Insane asylums in Bengal annual reports 1876-1887 - 1876-1887
Year: 1876
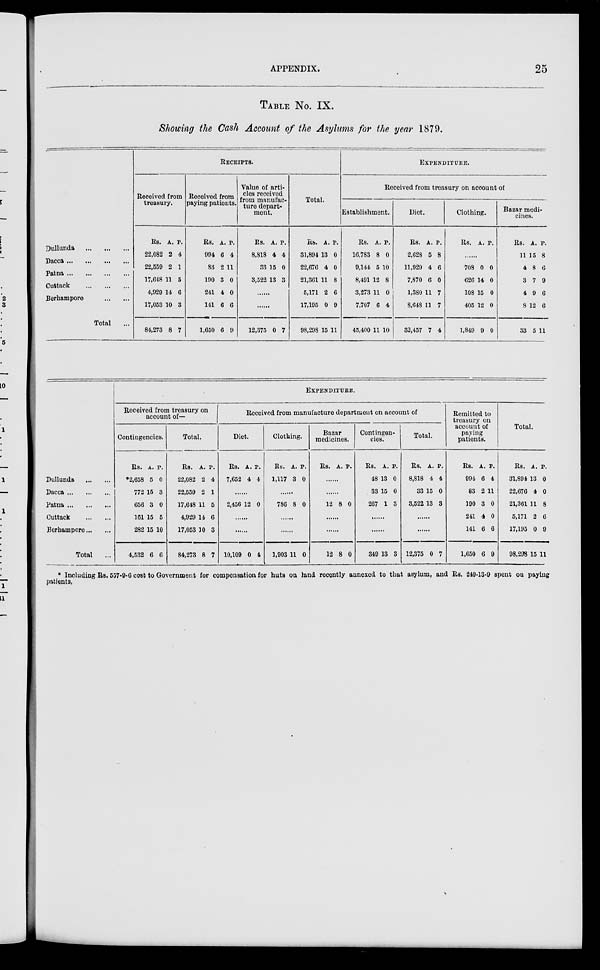
APPENDIX.
25
TABLE No. IX.
Showing the Cash Account of the Asylums for the year 1879.
Dullunda
...
...
...
Dacca
...
...
...
...
Patna
...
...
...
...
Cuttack
...
...
...
Berhampore
...
...
Total ...
RECEIPTS.
Received from
treasury.
Rs.
22,082
22,559
17,648
4,929
17,053
84,273
A.
2
2
11
14
10
8
P.
4
1
5
6
3
7
Received from
paying patients.
Rs.
994
83
190
241
141
1,650
A.
6
2
3
4
6
6
P.
4
11
0
0
6
9
Value of arti-
cles received
from manufac-
ture depart-
ment.
Rs.
8,818
33
3,522
A.
4
15
13
P.
4
0
3
......
......
12,375 0 7
Total.
Rs.
31,894
22,676
21,361
5,171
17,195
98,298
A.
13
4
11
2
0
15
P.
0
0
8
6
9
11
EXPENDITURE.
Received from treasury on account of
Establishment.
Rs.
16,783
9,144
8,491
3,273
7,707
45,400
A.
8
5
12
11
6
11
P.
0
10
8
0
4
10
Diet.
Rs.
2,628
11,929
7,870
1,380
8,648
32,457
A.
5
4
6
11
11
7
P.
8
6
0
7
7
4
Clothing.
Rs. A. P.
......
708
626
108
405
1,849
0
14
15
12
9
0
0
0
0
0
Bazar medi-
cines.
Rs.
11
4
3
4
8
33
A.
15
8
7
9
12
5
P.
8
6
9
6
6
11
Dullunda
...
...
Dacca
...
...
...
Patna
...
...
...
Cuttack
...
...
Berhampore ... ...
Total ...
EXPENDITURE.
Received from treasury on
account of—
Contingencies.
Rs.
*2,658
772
656
161
282
4,532
A.
5
15
3
15
15
6
P.
0
3
0
5
10
6
Total.
Rs.
22,082
22,559
17,648
4,929
17,053
84,273
A.
2
2
11
14
10
8
P.
4
1
5
6
3
7
Received from manufacture department on account of
Diet.
Rs.
7,652
A.
4
P.
4
......
2,456 12 0
......
......
10,109 0 4
Clothing.
Rs.
1,117
A.
3
P.
0
......
786 8 0
......
......
1,903 11 0
Bazar
medicines.
Rs. A. P.
......
......
12 8 0
......
......
12 8 0
Contingen-
cies.
Rs.
48
33
267
A.
13
15
1
P.
0
0
3
......
......
349 13 3
Total.
Rs.
8,818
33
3,522
A.
4
15
13
P.
4
0
3
......
......
12,375 0 7
Remitted to
treasury on
account of
paying
patients.
Rs.
994
83
190
241
141
1,650
A.
6
2
3
4
6
6
P.
4
11
0
0
6
9
Total.
Rs.
31,894
22,676
21,361
5,171
17,195
98,298
A.
13
4
11
2
0
15
P.
0
0
8
6
9
11
* Including Rs. 557-9-6 cost to Government for compensation for huts on land recently annexed to that asylum, and Rs. 249-13-9 spent on paying
patients.